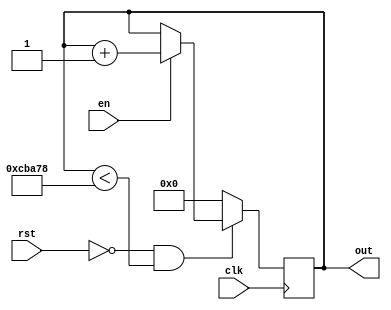
//============================================================================//
//                                                                            //
//      Parameterize Counter                                                  //
//                                                                            //
//      Module name: counter                                                  //
//      Desc: parameterized counter, counts up/down in any increment          //
//      Developer: Rurik Primiani & Wesley New                                //
//      Licence: GNU General Public License ver 3                             //
//      Notes:                                                                //
//                                                                            //
//============================================================================//

module counter #(
      //==============================
      // Top level block parameters
      //==============================
      parameter DATA_WIDTH   = 21,                // number of bits in counter
      parameter COUNT_FROM   = 0,                // start with this number   
      parameter COUNT_TO     = 834168,           // value to count to in CL case
      parameter STEP         = 1                 // negative or positive, sets direction
   ) (
      //===============
      // Input Ports
      //===============
      input clk,
      input en,
      input rst,
      
      //===============
      // Output Ports
      //===============
      output reg [DATA_WIDTH-1:0] out
   );

   // Synchronous logic
   always @(posedge clk)
   begin
      // if ACTIVE_LOW_RST is defined then reset on a low
      // this should be defined on a system-wide basis
      if ((`ifdef ACTIVE_LOW_RST rst `else !rst `endif) && out < COUNT_TO)
      begin
         if (en == 1)
         begin
            out <= out + STEP;
         end
      end
      else
      begin
         out <= COUNT_FROM;
      end // else: if(rst != 0)
   end
endmodule